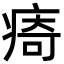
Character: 㾨